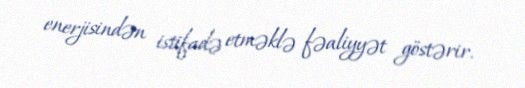
enerjisindən istifadə etməklə fəaliyyət göstərir.